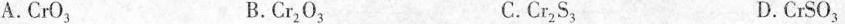
A. C r O_{ 3 | B. C r_{ 2 | O_{ 3 | C. C r_{ 2 | S_{ 3 | D. C r S O_{ 3 |